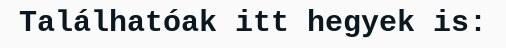
Találhatóak itt hegyek is: